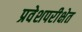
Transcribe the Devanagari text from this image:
प्रवेशपरीक्षेत